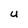
Character: U